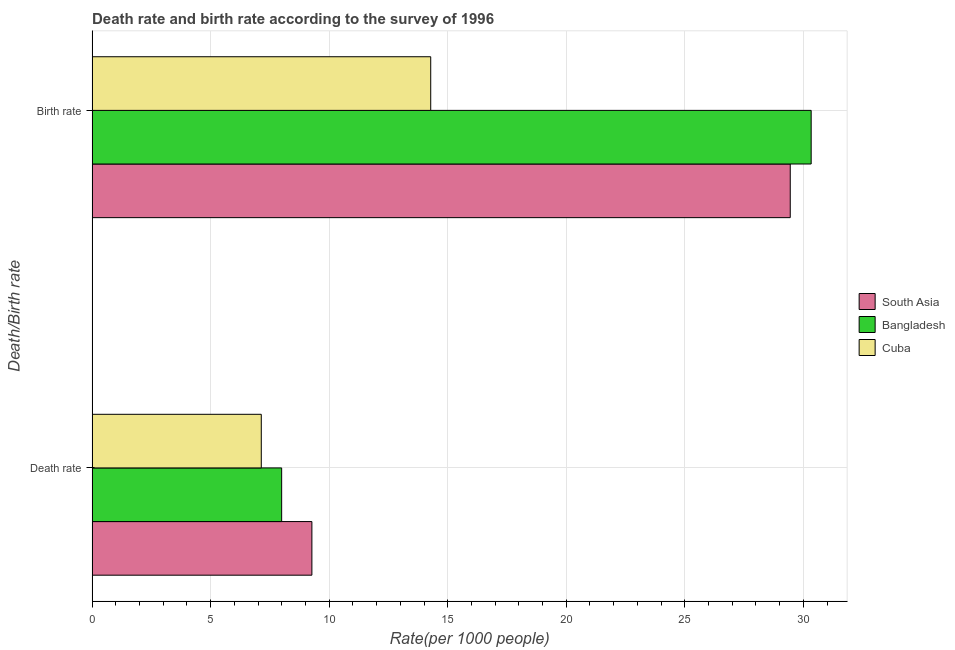
| Death/Birth rate | South Asia | Bangladesh | Cuba |
 | --- | --- | --- | --- |
 | Death rate | 9.27 | 8 | 7.14 |
 | Birth rate | 29.4 | 30.3 | 14.3 |